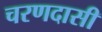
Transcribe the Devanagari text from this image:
चरणदासी